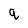
Character: q